Annual returns of the Patna Lunatic Asylum at Bankipore in Bihar and Orissa - 1912-1924
Year: 1912
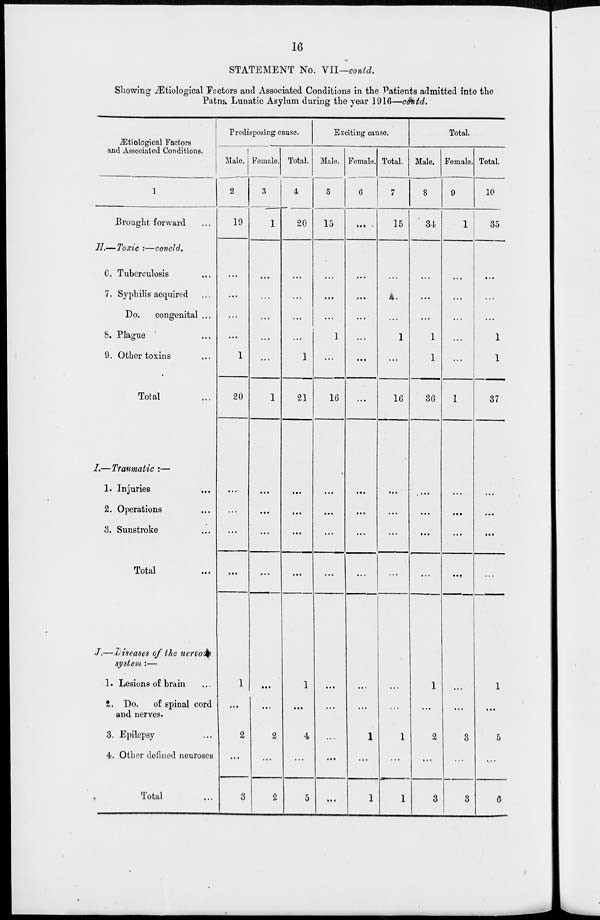
16
STATEMENT No. VII—contd.
Showing Ætiological Factors and Associated Conditions in the Patients admitted into the
Patna Lunatic Asylum during the year 1916—contd.
Ætiological Factors
and Associated Conditions.
1
Brought forward ...
H.—Toxic :—concld.
6. Tuberculosis ...
7. Syphilis acquired ...
Do.
congenital ...
8. Plague ...
9. Other toxins ...
Total ...
I.—Traumatic :—
1. Injuries ...
2. Operations ...
3. Sunstroke ...
Total ...
J.—Diseases of the nervous
system :—
1. Lesions of brain ...
2. Do. of spinal cord
and nerves.
3. Epilepsy ...
4. Other defined neuroses
Total ...
Predisposing cause.
Male.
2
19
...
...
...
...
1
20
...
...
...
...
1
...
2
...
3
Female.
3
1
...
...
...
...
...
1
...
...
...
...
...
...
2
...
2
Total.
4
20
...
...
...
...
1
21
...
...
...
...
1
...
4
...
5
Exciting cause.
Male.
5
15
...
...
...
1
...
16
...
...
...
...
...
...
...
...
...
Female.
6
...
...
...
...
...
...
...
...
...
...
...
...
...
1
...
1
Total.
7
15
...
...
...
1
...
16
...
...
...
...
...
...
1
...
1
Total.
Male.
8
34
...
...
...
1
1
36
...
...
...
...
1
...
2
...
3
Female.
9
1
...
...
...
...
...
1
...
...
...
...
...
...
3
...
3
Total.
10
35
...
...
...
1
1
37
...
...
...
...
1
...
5
...
6